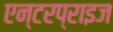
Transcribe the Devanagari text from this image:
एन्टरप्राइज